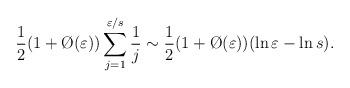
LaTeX: \begin{align*}\frac12(1+\O(\varepsilon))\sum_{j=1}^{\varepsilon/s}\frac1j\sim\frac12(1+\O(\varepsilon))(\ln\varepsilon-\ln s).\end{align*}